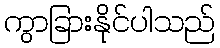
ကွာခြားနိုင်ပါသည်